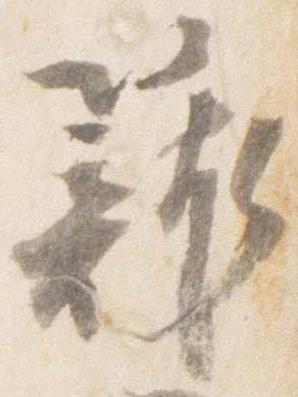
籠